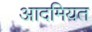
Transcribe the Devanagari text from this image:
आदमियत